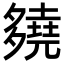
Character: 𡗊